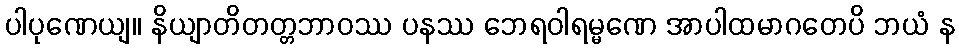
ပါပုဏေယျ။ နိယျာတိတတ္တဘာဝဿ ပနဿ ဘေရဝါရမ္မဏေ အာပါထမာဂတေပိ ဘယံ န